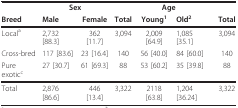
|  | <COLSPAN=3> Sex | <COLSPAN=3> Age |
 | Breed | Male | Female | Total | Young1 | Old2 | Total |
 | --- | --- | --- | --- | --- | --- | --- |
 | Locala | 2,732 [88.3] | 362 [11.7] | 3,094 | 2,009 [64.9] | 1,085 [35.1] | 3,094 |
 | Cross-bred | 117 [83.6] | 23 [16.4] | 140 | 56 [40.0] | 84 [60.0] | 140 |
 | Pure exoticc | 27 [30.7] | 61 [69.3] | 88 | 53 [60.2] | 35 [39.8] | 88 |
 | Total | 2,876 [86.6] | 446 [13.4] | 3,322 | 2118 [63.8] | 1,204 [36.24] | 3,322 |